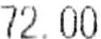
72.00